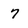
Character: 7